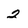
Character: 2